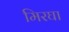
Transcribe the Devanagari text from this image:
मिरघा